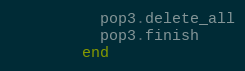
Language: Ruby
          pop3.delete_all
          pop3.finish
        end